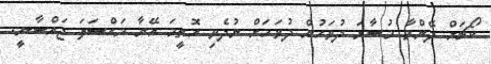
ކޯޗަށް ދޭންވާ މުސާރަ ދުވަހުން ދުވަހަށް ނުދެވި އޮތީމަ އޭނާ މައްސަލަ ޖައްސާނީ.